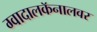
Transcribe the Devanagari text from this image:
ग्वादालकॅनालवर